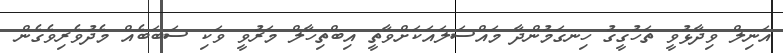
އަނިލް ވިދާޅުވީ ތަހުގީގު ހިނގަމުންދާ މައްސަލައަކަށްވާތީ އިބްތިހާލް މަރުވީ ވަކި ސަބަބެއް މެދުވެރިވެގެން